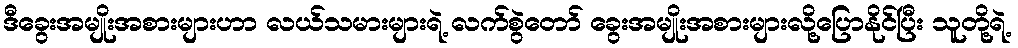
ဒီခွေးအမျိုးအစားများဟာ လယ်သမားများရဲ့ လက်စွဲတော် ခွေးအမျိုးအစားများလို့ပြောနိုင်ပြီး သူတို့ရဲ့